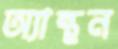
অ্যান্থন